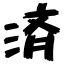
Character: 済